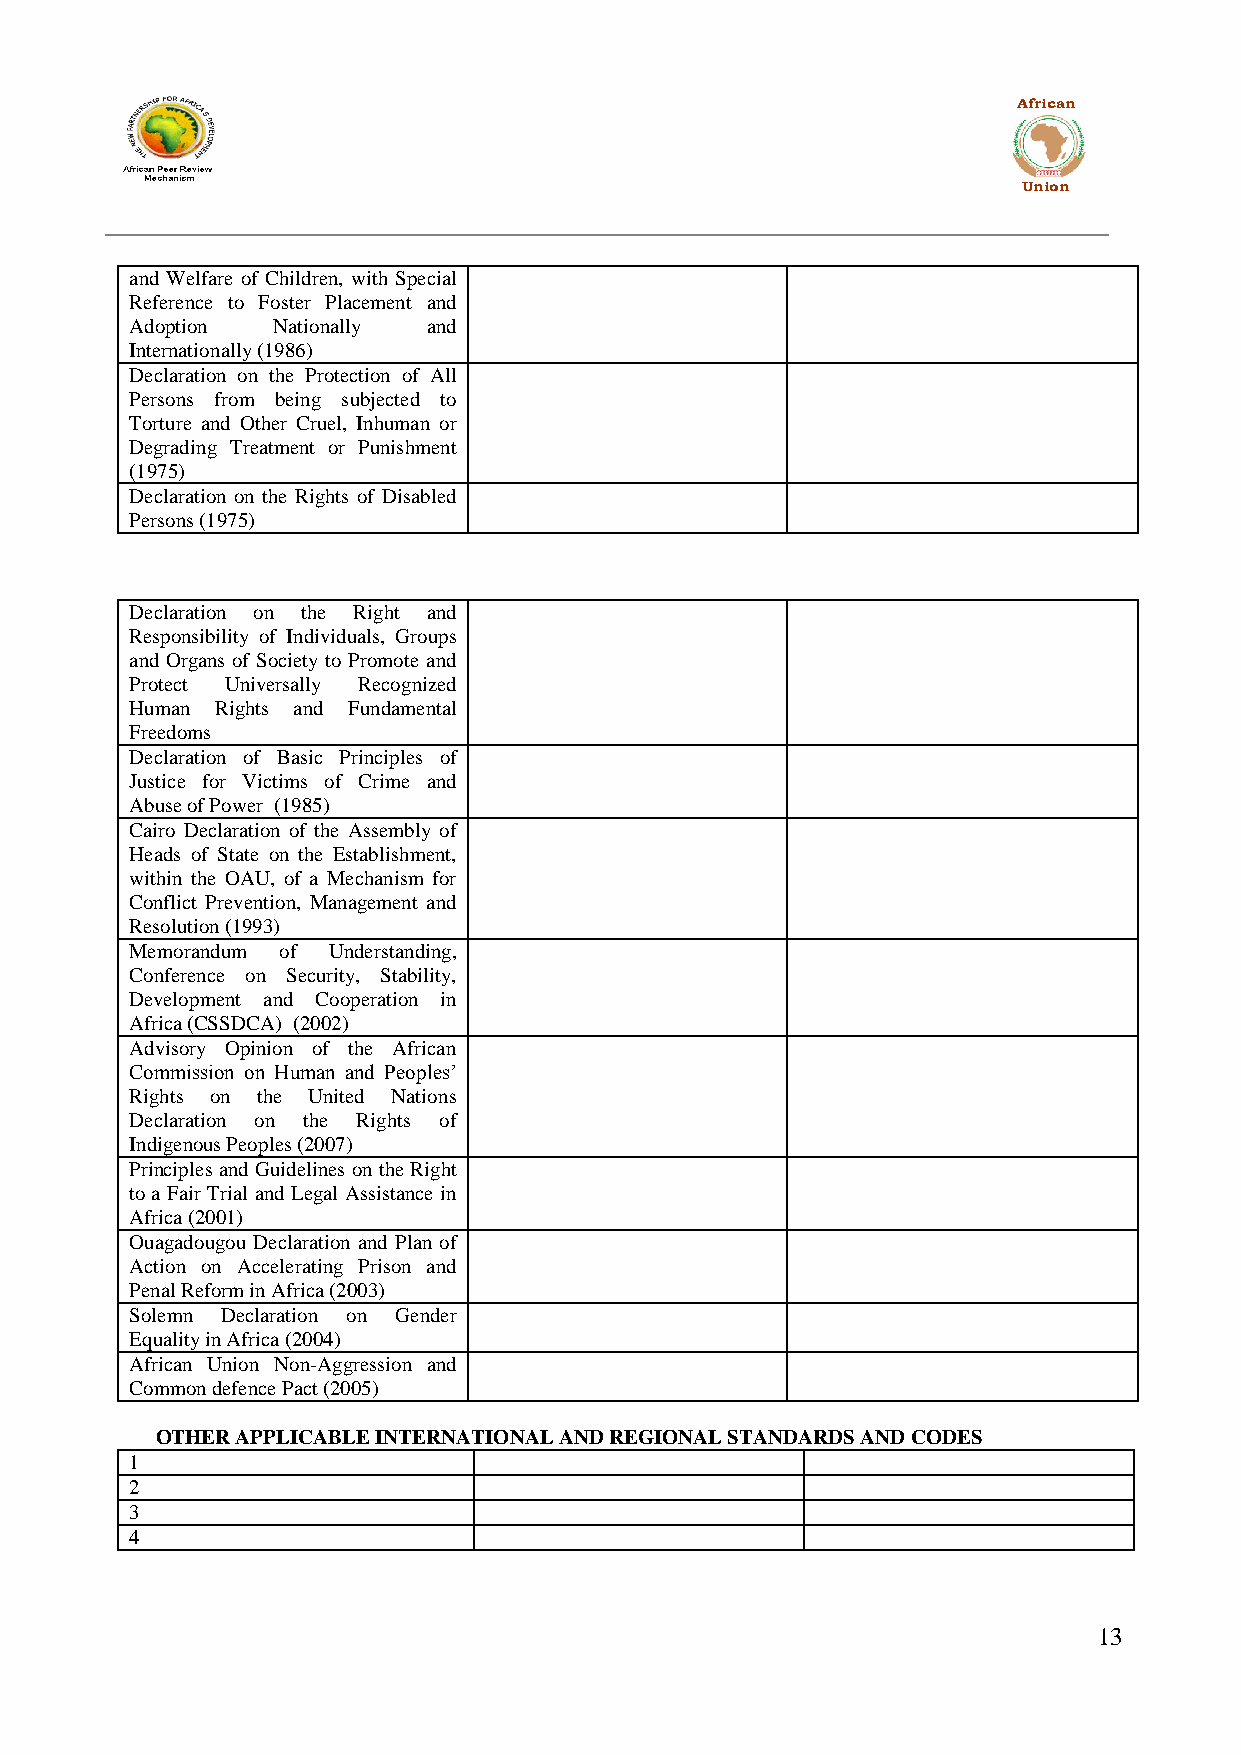
African
 Union
 and Welfare of Children, with Special
 Reference to Foster Placement and
 Adoption Nationally and
 Internationally (1986)
 Declaration on the Protection of All
 Persons from being subjected to
 Torture and Other Cruel, Inhuman or
 Degrading Treatment or Punishment
 (1975)
 Declaration on the Rights of Disabled
 Persons (1975)
 Declaration on the Right and
 Responsibility of Individuals, Groups
 and Organs of Society to Promote and
 Protect Universally Recognized
 Human Rights and Fundamental
 Freedoms
 Declaration of Basic Principles of
 Justice for Victims of Crime and
 Abuse of Power (1985)
 Cairo Declaration of the Assembly of
 Heads of State on the Establishment,
 within the OAU, of a Mechanism for
 Conflict Prevention, Management and
 Resolution (1993)
 Memorandum of Understanding,
 Conference on Security, Stability,
 Development and Cooperation in
 Africa (CSSDCA) (2002)
 Advisory Opinion of the African
 Commission on Human and Peoples‟
 Rights on the United Nations
 Declaration on the Rights of
 Indigenous Peoples (2007)
 Principles and Guidelines on the Right
 to a Fair Trial and Legal Assistance in
 Africa (2001)
 Ouagadougou Declaration and Plan of
 Action on Accelerating Prison and
 Penal Reform in Africa (2003)
 Solemn Declaration on Gender
 Equality in Africa (2004)
 African Union Non-Aggression and
 Common defence Pact (2005)
 OTHER APPLICABLE INTERNATIONAL AND REGIONAL STANDARDS AND CODES
 1
 2
 3
 4
 13